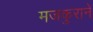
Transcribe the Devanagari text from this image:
मजकुराने